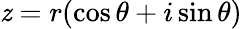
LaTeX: \mathit{z}=r(\cos\theta+i\sin\theta)